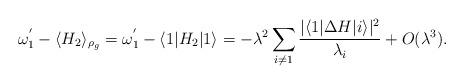
LaTeX: \begin{align*}\omega_1^{'}-\langle H_2\rangle_{\rho_g}=\omega_1^{'}-\langle 1|H_2|1\rangle=-\lambda^2\sum_{i\neq1}\frac{|\langle1|\Delta H|i\rangle|^2}{\lambda_i}+O(\lambda^3).\end{align*}